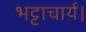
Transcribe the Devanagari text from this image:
भट्टाचार्य।